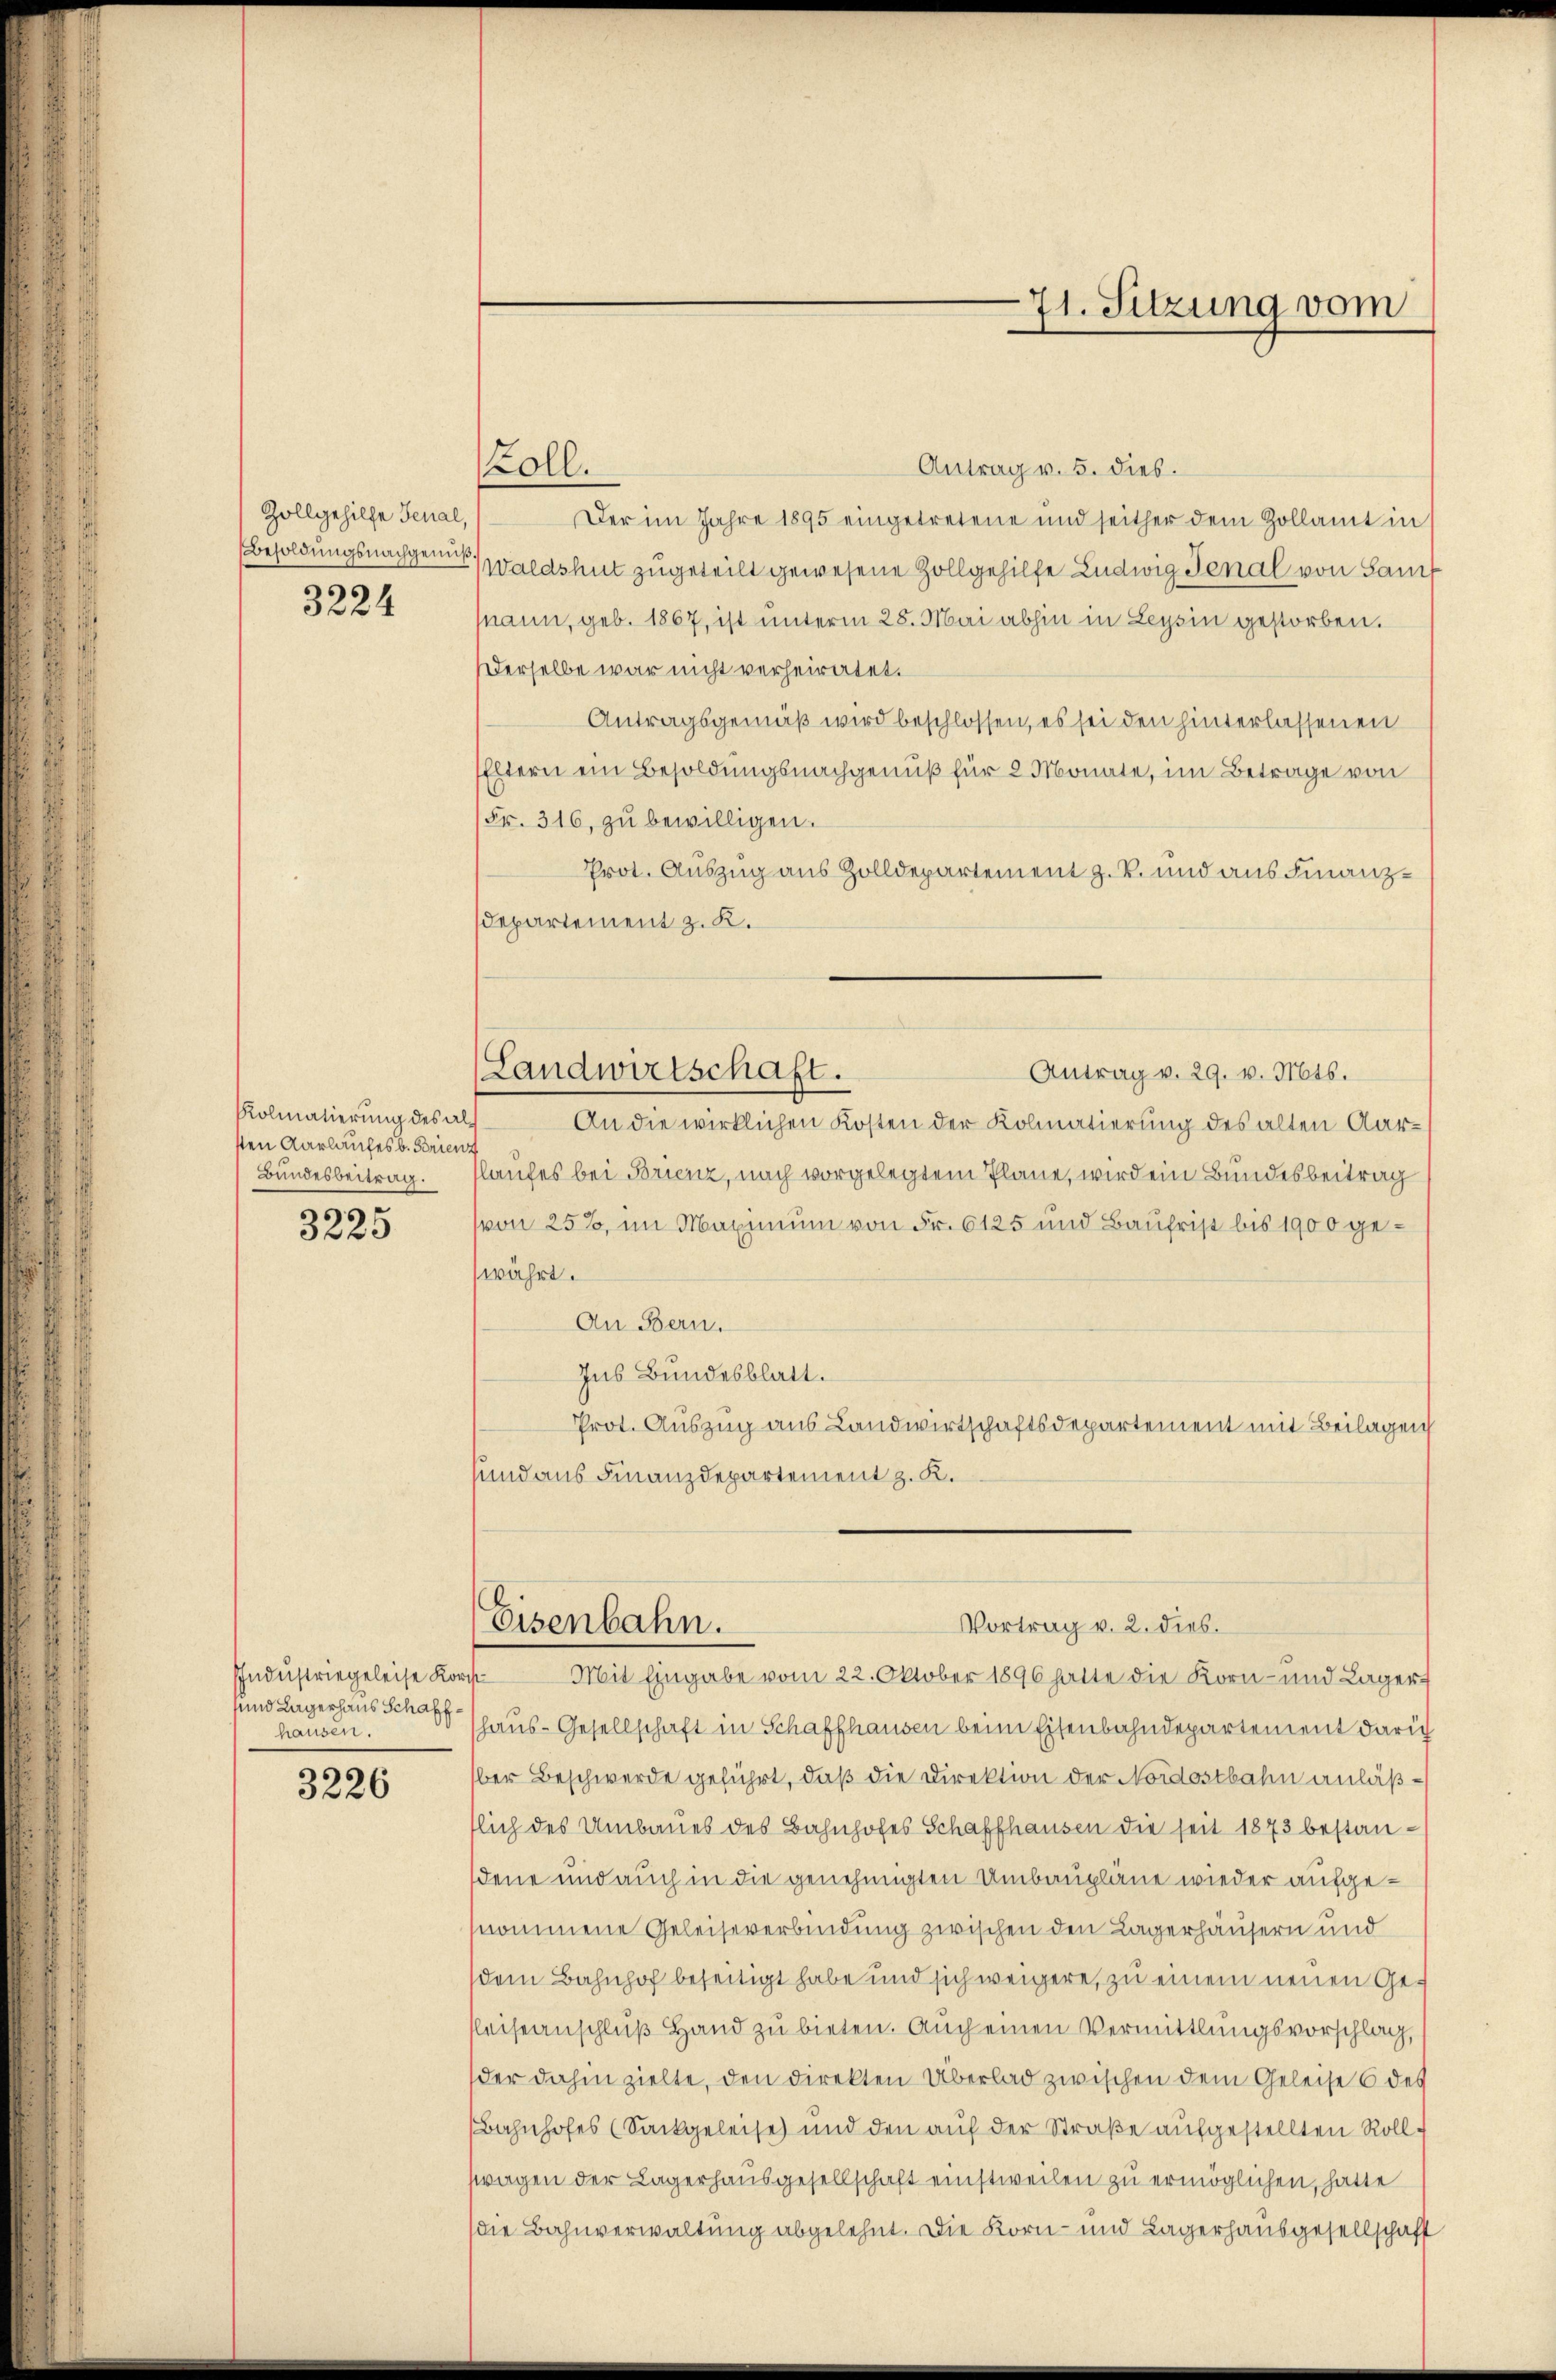
Zollgehilfe Jenal,
Besoldungsnachgenuß
3224

Kolmatierung des alsten Aarlaufes b. Brienz
Bundesbeitrag.

3225

uund Lagerhaus Schaff
hausen.

3226

71. Sitzung vom

Antrag v. 5. dies.
koll.
Der im Jahre 1895 eingetretene und seither dem Zollamt in
Waldshut zugeteilt gewesene Zollgehilfe Ludwig Genal von Lauf
mann, geb. 1867, ist unterm 28. Mai abhin in Leysin gestorben.
Derselbe war nicht verheiratet.
Antragsgemäß wird beschlossen, es sei den hinterlassenen
Eltern ein Besoldungsnachgenuß für 2 Monate, im Betrage von
(Fr. 316, zu bewilligen.
Prot. Auszug aus Zolldepartement z. B. und aus Finanz¬
Departement z. K.
(Landwirtschaft.
Antrag v. 29. v. Mts.
An die wirklichen Kosten der Kolmatierung des alten Aarlaufes bei Brienz, nach vorgelegtem Plane, wird ein Bundesbeitrag
von 25%, im Maximum von Fr. 6125 und Baufrist bis 1900 gewährt.
An Bern.
Ins Bundesblatt.
Prot. Auszug aus Landwirtschaftsdepartement mit Beilagen
sund aus Finanzdepartement z. K.

Eisenbahn.
Vortrag v. 2. dies.

Indŭstriegeleise Korpt Mit Eingabe vom 22. Oktober 1896 hatte die Korn- und Lager
haus-Gesellschaft in Schaffhausen beim Eisenbahndepartement darich
ber Beschwerde geführt, daß die Direktion der Nordostbahn anläßflich des Umbaues des Bahnhofes Schaffhausen die seit 1873 bestan-
dene und auch in die genehmigten Umbaupläne wieder aufgenommene Geleiseverbindung zwischen den Lagerhäusern und
dem Bahnhof beseitigt habe und sich weigere, zu einem neuen Gefleiseanschluß Hand zu bieten. Auch einen Vermittlungsvorschlag,
der dahin zielte, den direkten Überlad zwischen dem Geleise 6 des
Bahnhofes (Sackgeleise und den auf der Straße aufgestellten Roll
ftragen der Lagerhausgesellschaft einstweilen zu ermöglichen, hatte
die Bahnverwaltung abgelehnt. Die Korn- und Lagerhausgesellschaft